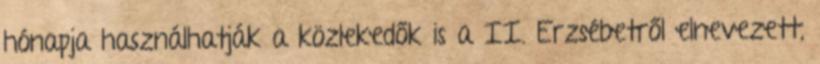
hónapja használhatják a közlekedők is a II. Erzsébetről elnevezett,